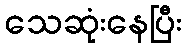
သေဆုံးနေပြီး